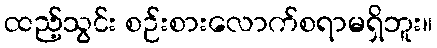
ထည့်သွင်း စဉ်းစားလောက်စရာမရှိဘူး။